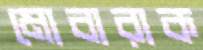
মোবারাক